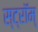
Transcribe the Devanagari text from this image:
स्ट्रॉम्‌